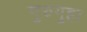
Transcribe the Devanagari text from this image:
गुरुगुहा